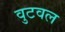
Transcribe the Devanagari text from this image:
वुटवल